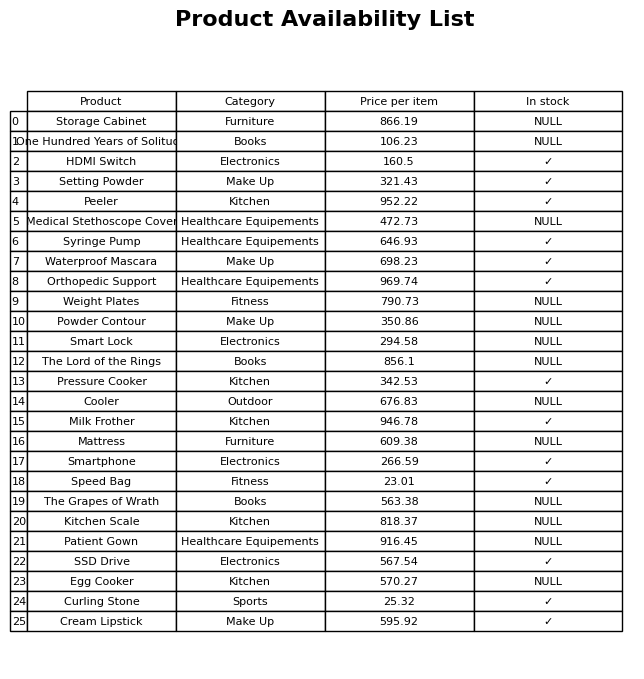
question: What is the price for Setting Powder?
answer: The price of Setting Powder is 321.43.